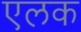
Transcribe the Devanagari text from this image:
एलक